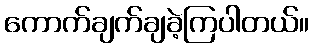
ကောက်ချက်ချခဲ့ကြပါတယ်။